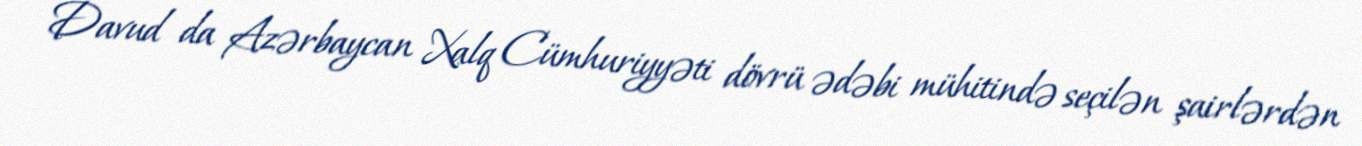
Davud da Azərbaycan Xalq Cümhuriyyəti dövrü ədəbi mühitində seçilən şairlərdən